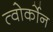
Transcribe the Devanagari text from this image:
त्वोर्कोन